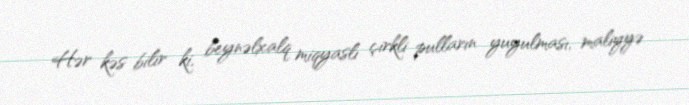
Hər kəs bilir ki, beynəlxalq miqyaslı çirkli pulların yuyulması, maliyyə